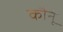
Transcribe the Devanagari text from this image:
कौनूं